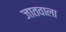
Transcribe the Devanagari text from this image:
जातवाला